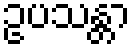
ဥပသန္တာ